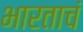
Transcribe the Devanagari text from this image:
भारताचं